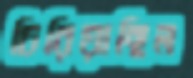
চিরিয়াছিল